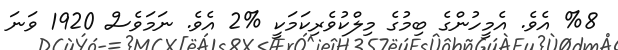
%8 އެވެ. އެމީހުންގެ ބިމުގެ މިލްކުވެރިކަމަކީ %2 އެވެ. ނަމަވެސް 1920 ވަނަ